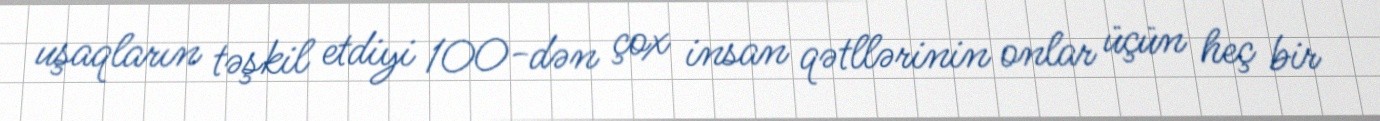
uşaqların təşkil etdiyi 100-dən çox insan qətllərinin onlar üçün heç bir